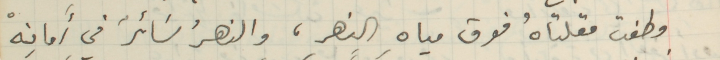
وطفت مقلتاهُ فوق مياهِ النهرِ، والنهرُ سَائرٌ في أَمانِهْ